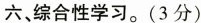
六、综合性学习。(3分)